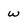
Character: w